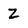
Character: Z